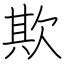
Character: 欺